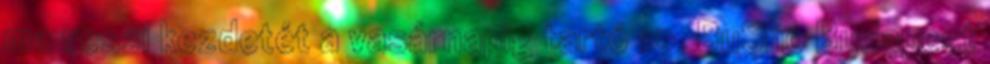
ma veszi kezdetét a vasárnapig tartó 10. BuSho Budapest